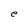
Character: e